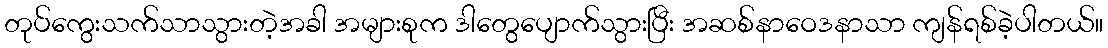
တုပ်ကွေးသက်သာသွားတဲ့အခါ အများစုက ဒါတွေပျောက်သွားပြီး အဆစ်နာဝေဒနာသာ ကျန်ရစ်ခဲ့ပါတယ်။